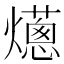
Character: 𤑢